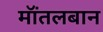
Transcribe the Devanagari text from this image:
मॉंतलबान